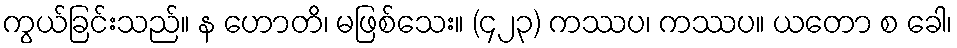
ကွယ်ခြင်းသည်။ န ဟောတိ၊ မဖြစ်သေး။ (၄၂၃) ကဿပ၊ ကဿပ။ ယတော စ ခေါ၊